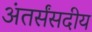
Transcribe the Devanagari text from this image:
अंतर्संसदीय